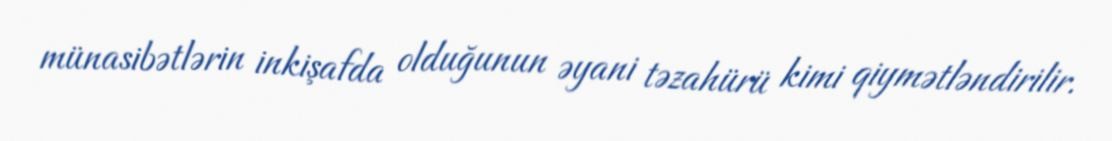
münasibətlərin inkişafda olduğunun əyani təzahürü kimi qiymətləndirilir.